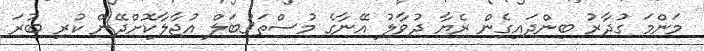
މަންމަ ގުދާރު ބިންދައިގެން ރެޔާ ދުވާލު އޭނާގެ މުސްތަޤުބަލް އުޖާލާކޮށްދޭން ކުރި ބުރަ